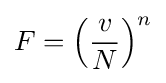
F=\left({\frac {v}{N}}\right)^{n}